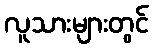
လူသားများတွင်